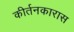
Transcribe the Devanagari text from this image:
कीर्तनकारास